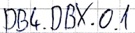
Text: DB4.DBX.0.1